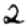
Digit: 2